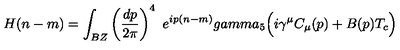
H ( n - m ) = \int _ { B Z } \left( { \frac { d p } { 2 \pi } } \right) ^ { 4 } \ e ^ { i p ( n - m ) } g a m m a _ { 5 } \Bigl ( i \gamma ^ { \mu } C _ { \mu } ( p ) + B ( p ) T _ { c } \Bigr )